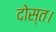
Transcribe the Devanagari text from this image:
दोस्त।